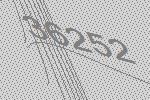
36252